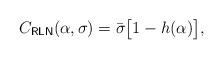
LaTeX: \begin{align*}C_\mathsf{RLN}(\alpha,\sigma)=\bar{\sigma}\big[1-h(\alpha)\big],\end{align*}